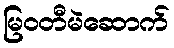
မြဝတီမဲဆောက်